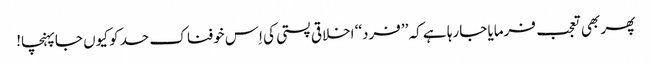
پھر بھی تعجب فرمایا جارہا ہے کہ ’’فرد‘‘ اخلاقی پستی کی اِس خوفناک حد کو کیوں جاپہنچا!